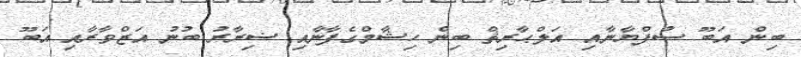
ބިން އަބޫ ސުފްޔާނާއި އަލްޙާރިޘް ބިން ހިޝާމްގެފާނާއި ޟިރާރު ބުނު އަޒްވާރާއި އަބޫ